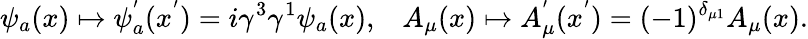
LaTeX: \psi_{a}(x)\mapsto\psi_{a}^{'}(x^{'})=i\gamma^{3}\gamma^{1}\psi_{a}(x),\; \; \; A_{\mu}(x)\mapsto A_{\mu}^{'}(x^{'})=(-1)^{\delta_{\mu 1}}A_{\mu}(x).